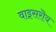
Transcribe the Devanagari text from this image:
वाइसरॊय